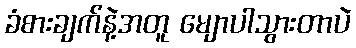
ခံစားချက်နဲ့အတူ မျောပါသွားတာပဲ